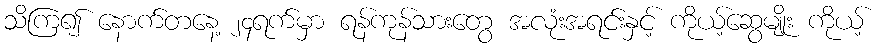
သိကြ၍ နောက်တနေ့ ၂၄ရက်မှာ ရန်ကုန်သားတွေ အလုံးအရင်းနှင့် ကိုယ့်ဆွေမျိုး ကိုယ့်